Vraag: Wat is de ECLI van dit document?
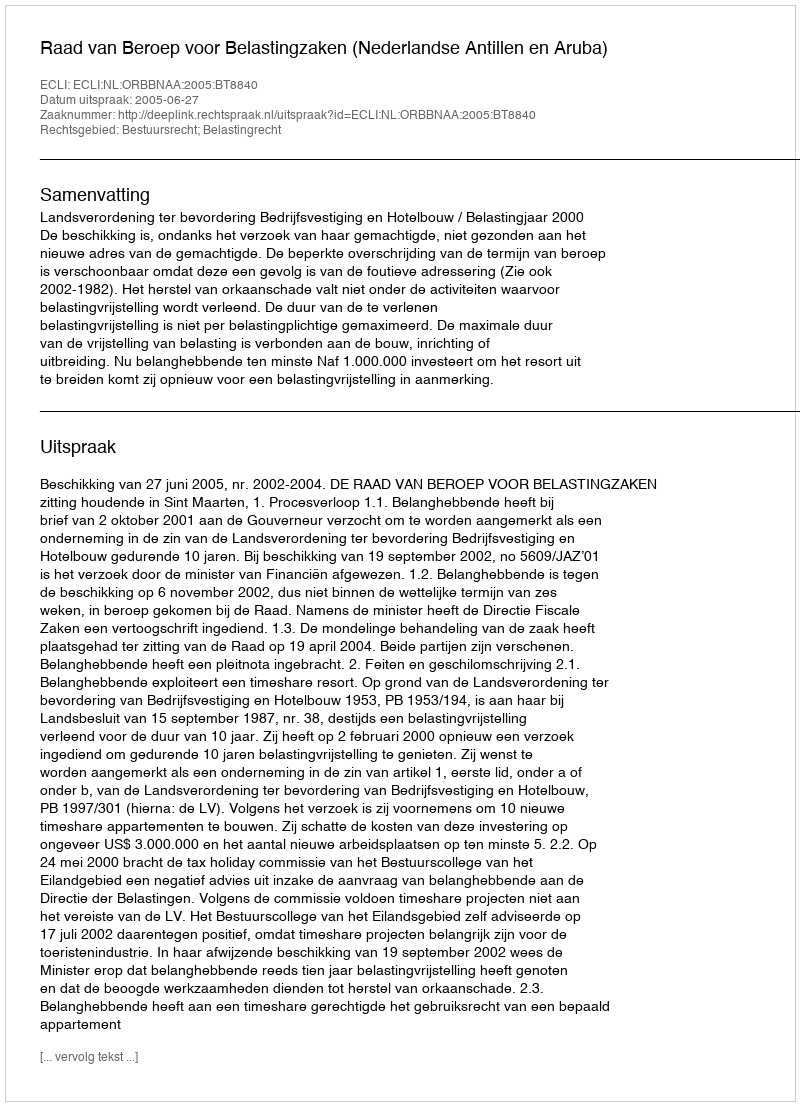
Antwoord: ECLI:NL:ORBBNAA:2005:BT8840